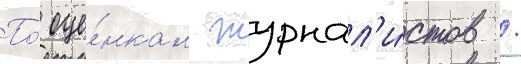
По́ оце́нкам журнал'и́стов /